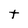
Character: t